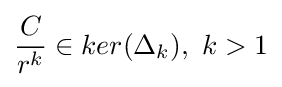
{\frac {C}{r^{k}}}\in ker(\Delta _{k}),~k>1